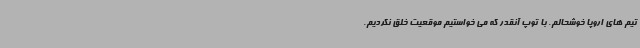
تیم های اروپا خوشحالم. با توپ آنقدر که می خواستیم موقعیت خلق نکردیم.